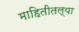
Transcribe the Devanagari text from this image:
माहितीतल्या